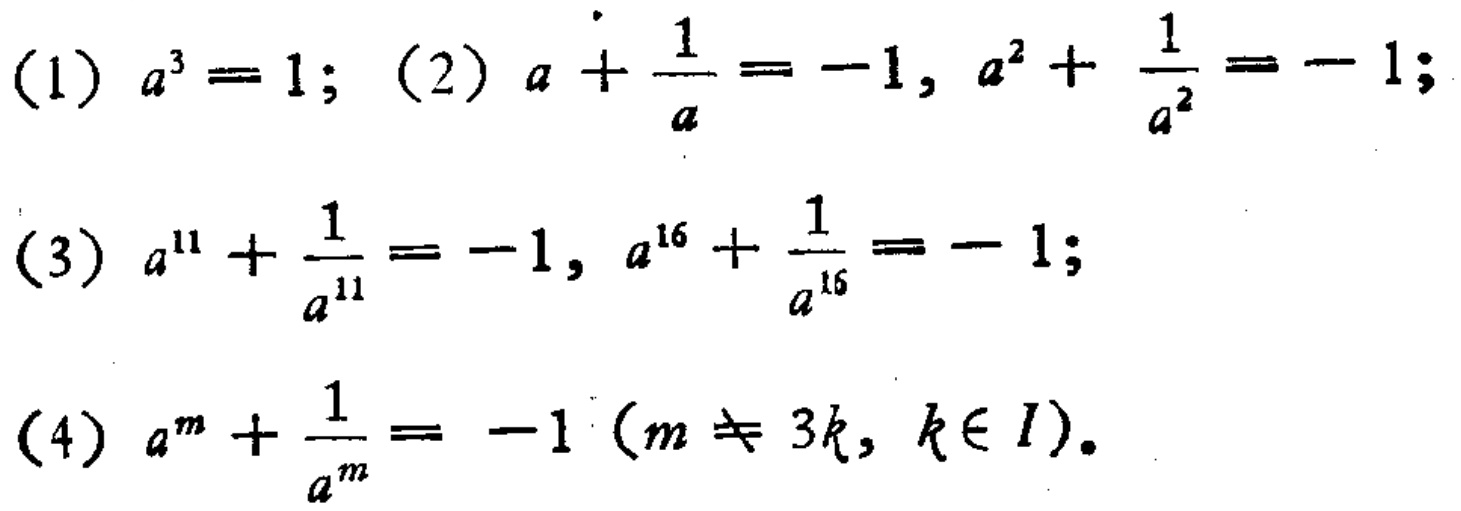
(1) \(a^{3}=1\); (2) \(a+\frac{1}{a}=-1,a^{2}+\frac{1}{a^{2}}=-1\);

(3) \(a^{11}+\frac{1}{a^{11}}=-1,a^{16}+\frac{1}{a^{16}}=-1\);

(4) \(a^{m}+\frac{1}{a^{m}}=-1(m\neq 3k,k\in I)\).